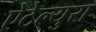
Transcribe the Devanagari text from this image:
ऐटेल्युरा